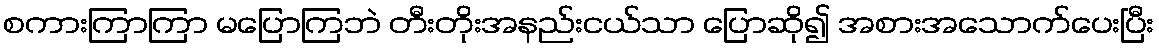
စကားကြာကြာ မပြောကြဘဲ တီးတိုးအနည်းငယ်သာ ပြောဆို၍ အစားအသောက်ပေးပြီး